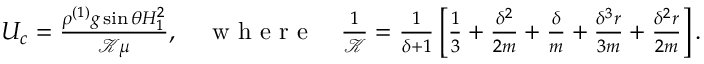
\begin{array} { r } { U _ { c } = \frac { \rho ^ { ( 1 ) } g \sin \theta H _ { 1 } ^ { 2 } } { \mathcal { K } \mu } , \quad \textrm { w h e r e } \quad \frac { 1 } { \mathcal { K } } = \frac { 1 } { \delta + 1 } \left[ \frac { 1 } { 3 } + \frac { \delta ^ { 2 } } { 2 m } + \frac { \delta } { m } + \frac { \delta ^ { 3 } r } { 3 m } + \frac { \delta ^ { 2 } r } { 2 m } \right] . } \end{array}